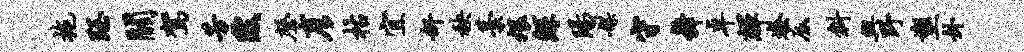
拖珏关驾芳陂磬彦枯宜奸秧藁煨鲧阳媒守舞卓辉怒底斜兴野塑卦